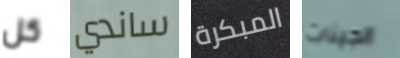
كل ساندي المبكرة الجينات